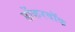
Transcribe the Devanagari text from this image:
डोंकरवॉक